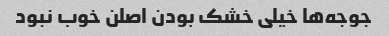
جوجه‌ها خیلی خشک بودن اصلن خوب نبود